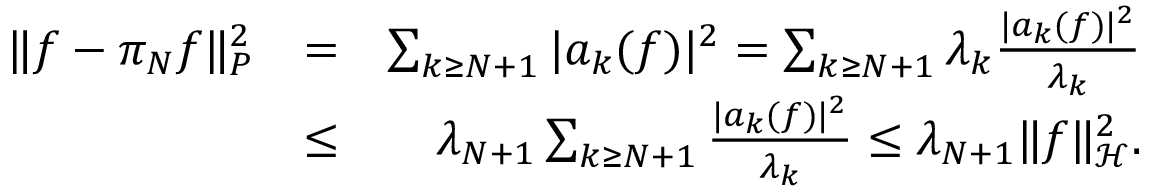
\begin{array} { r l r } { \| f - \pi _ { N } f \| _ { P } ^ { 2 } } & { = } & { \sum _ { k \geq N + 1 } | a _ { k } ( f ) | ^ { 2 } = \sum _ { k \geq N + 1 } \lambda _ { k } \frac { | a _ { k } ( f ) | ^ { 2 } } { \lambda _ { k } } } \\ & { \leq } & { \lambda _ { N + 1 } \sum _ { k \geq N + 1 } \frac { | a _ { k } ( f ) | ^ { 2 } } { \lambda _ { k } } \leq \lambda _ { N + 1 } \| f \| _ { \mathcal H } ^ { 2 } . } \end{array}